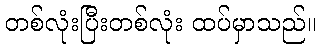
တစ်လုံးပြီးတစ်လုံး ထပ်မှာသည်။